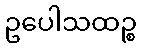
ဥပေါသထဉ္စ